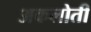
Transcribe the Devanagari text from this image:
अकलोती